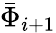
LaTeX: \bar{\Phi}_{i+1}